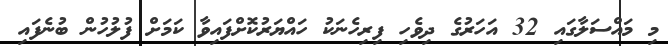
މި މައްސަލާގައި 32 އަހަރުގެ ދިވެހި ފިރިހެނަކު ހައްޔަރުކޮށްފައިވާ ކަމަށް ފުލުހުން ބުނެފައި